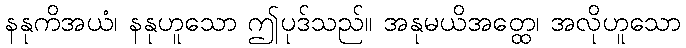
နနုကိအယံ၊ နနုဟူသော ဤပုဒ်သည်။ အနုမယိအတ္ထေ၊ အလိုဟူသော